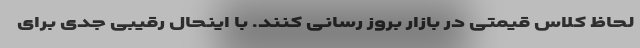
لحاظ کلاس قیمتی در بازار بروز رسانی کنند. با اینحال رقیبی جدی برای